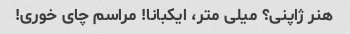
هنر ژاپنی؟ میلی متر، ایکبانا! مراسم چای خوری!